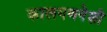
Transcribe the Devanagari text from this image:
कालगणनेशी